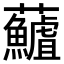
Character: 𮓖